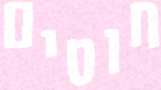
חוטים